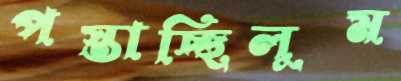
পস্তাচ্ছিলুম